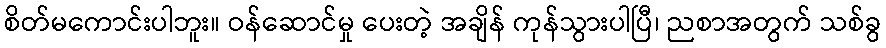
စိတ်မကောင်းပါဘူး။ ဝန်ဆောင်မှု ပေးတဲ့ အချိန် ကုန်သွားပါပြီ၊ ညစာအတွက် သစ်ခွ